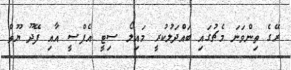
ރޭގެ ތިންވަނަ މެޗުގައި ބައްދަލުކުރީ މައިލޯ ސިޓީ އެފްސީ އާއި ފޭދޫ ޔޫތް